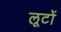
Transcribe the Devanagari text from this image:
लूटों